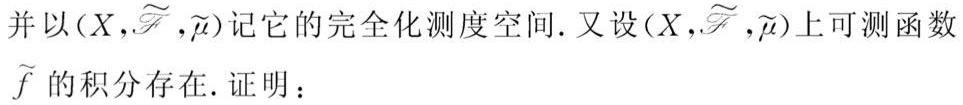
并以$(X,\widetilde{\mathscr{F}},\widetilde{\mu})$记它的完全化测度空间. 又设$(X,\widetilde{\mathscr{F}},\widetilde{\mu})$上可测函数$\widetilde{f}$的积分存在. 证明：